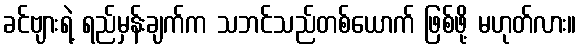
ခင်ဗျားရဲ့ ရည်မှန်းချက်က သဘင်သည်တစ်ယောက် ဖြစ်ဖို့ မဟုတ်လား။